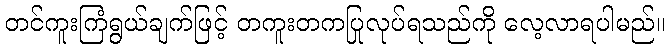
တင်ကူးကြံရွယ်ချက်ဖြင့် တကူးတကပြုလုပ်ရသည်ကို လေ့လာရပါမည်။